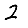
Digit: 2